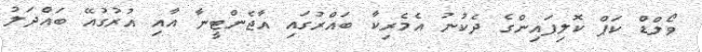
ވޯލްޑް ކަޕް ކޮލިފައިންގެ ދެކުނު އެމެރިކާ ބައްރުގައި އާޖެންޓީނާ އާއި އުރުގުއޭ ބައްދަލު